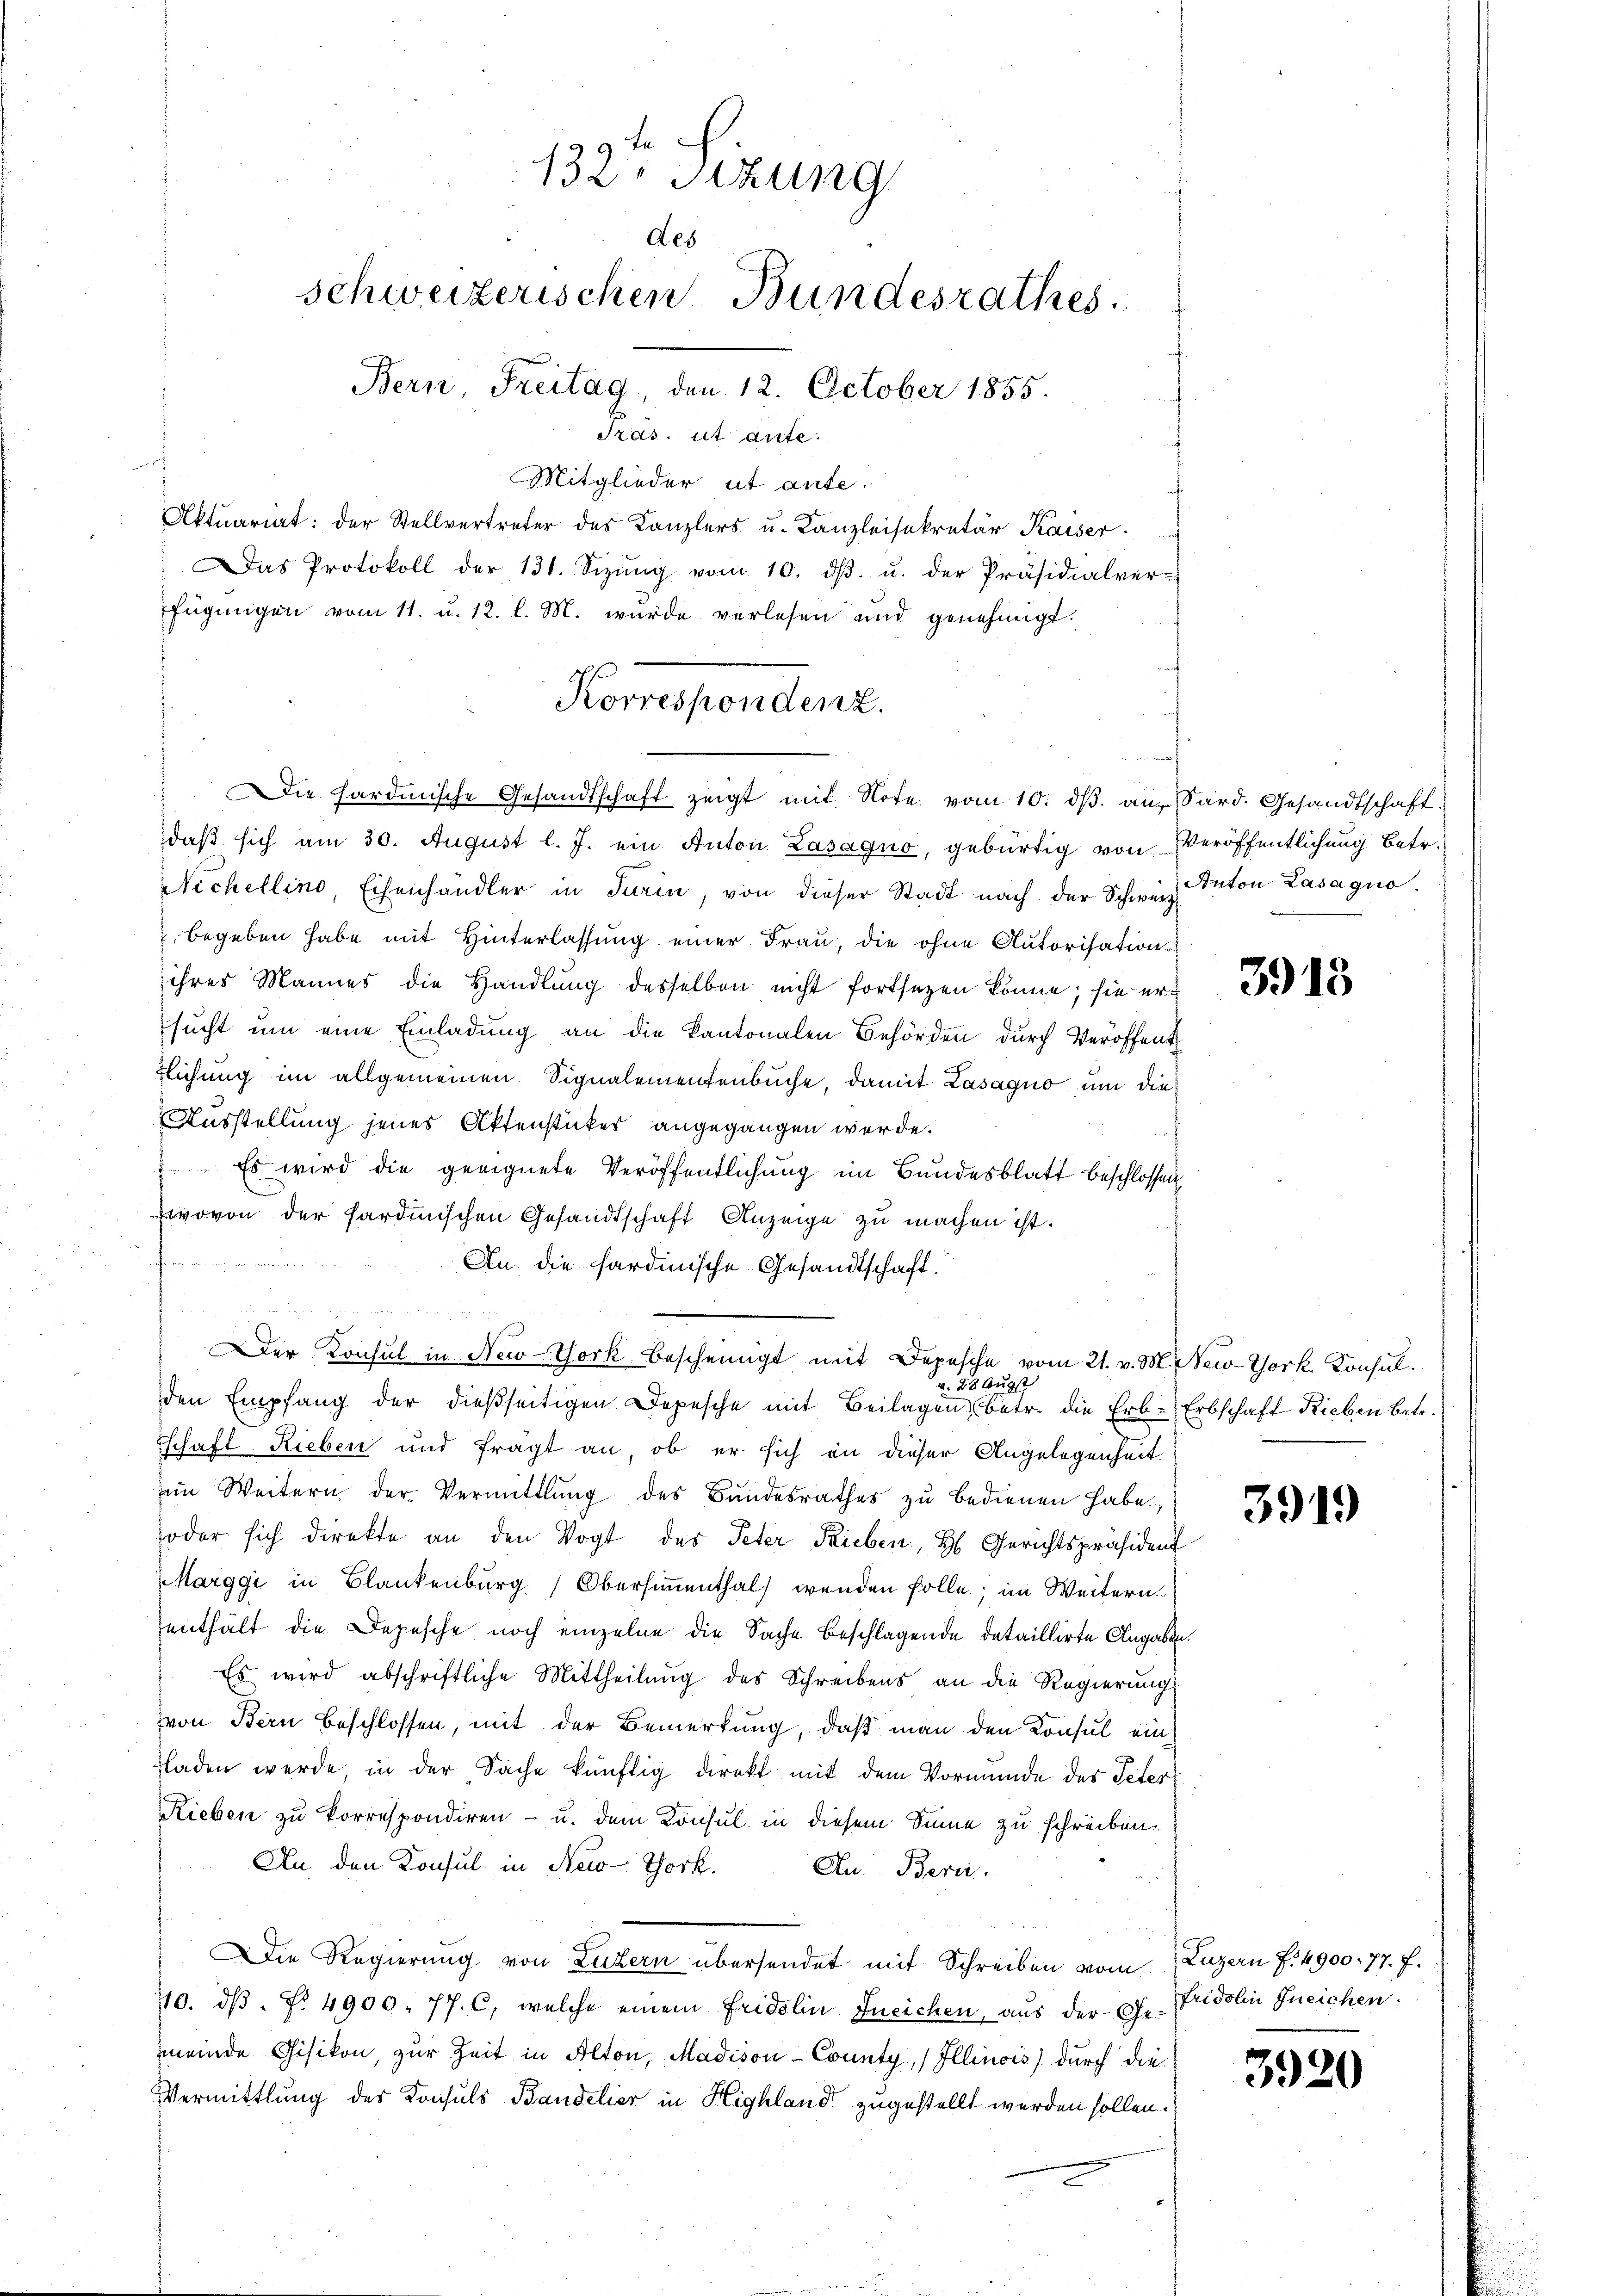
132. Sitzung
des
schweizerischen Bundesrathes.
Bern, Freitag, den 12. October 1855.
Pras, ut ante.

Mitglieder ut aute.
Aktuariat: der Stellvertreter des Kanzlers u. Kanzleisekretär Kaiser.
: Das Protokoll der 131. Sizŭng vom 10. dβ. u. der Präsidialver-
fügŭngen vom 11. u. 12. l. M. wurde verlesen und genehmigt.

Korrespondenz.
" Die Hardmische Gesandtschaft zeigt mit Note vom 10. dβ an Sard. Gesandtschaft

daß sich am 30. August l. J. ein Anton. Lasagno, gebürtig von Veröffentlichung betr.
Nichellino, Eisenhändler in Turin, von dieser Stadt nach der Schweiz Anton Lasagno
begeben habe mit Hinterlassung einer Frau, die ohne Autorisations
ihres Mannes die Handlung desselben nicht fortsetzen könne; sie ersucht um eine Einladung an die Kantonalen Behörden durch Veröffent
tlichung im allgemeinen Signalementenbuche, damit Lasagio um die
Ausstellung jenes Aktenstücker angegangen werde.
 Es wird die geeignete Veröffentlichung im Bundesblatt beschlossen,
wovon der sardinischen Gesandtschaft Anzeige zu machen ist.
f
An die sardinische Gesandtschaft.
Der Konsul in New-York bescheinigt mit Depesche vom 21. v. M. New-York Konsul
den Empfang der dießseitigen Depesche mit Beilagen, betr. die Erb-Erbschaft Rieben betr.
Tschaft Rieben und fragt an, ob er sich in dieser Angelegenheit
im Weitern der Vermittlung des Bundesrathes zu bedienen habe.
oder sich direkte an den Vogt des Peter Fieben, H. Gerichtspräsident
Marggi in Blankenburg Obersimmenthal) wenden solle; im Weitern
enthält die Depesche noch einzelne die Sache Beschlagende detaillirte Angaben.
Es wird abschriftliche Mittheilŭng des Schreibens an die Regierŭng
von Bern beschlossen, mit der Bemerkung, daß man den Konsul einladen werde, in der Sache künftig direkt mit dem Vormunde des Peter
Rieben zu korrespondiren - u. dem Konsul in diesem Sinne zu schreiben.
An den Konsul in New-York. Zu Berei.
Die Regierung von Luzern übersendet mit Schreiben vom Luzern f. 4900. 77 f.
110. dβ. Nr. 4900. 77. C, welche einem Fridolin Ineichen, aus der Dr. Fridolin Ineichen.
mmeinde Gisikon, zur Zeit in Alton, Madison-County, / Illinois) durch die
Vermittlung der Konsuls Bandelier in Highland zugestellt werden sollen.

v. 28 Augst

3915

3919

3920